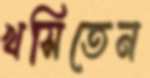
খসিতেন